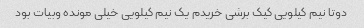
دوتا نیم کیلویی کیک برشی خریدم یک نیم کیلویی خیلی مونده وبیات بود